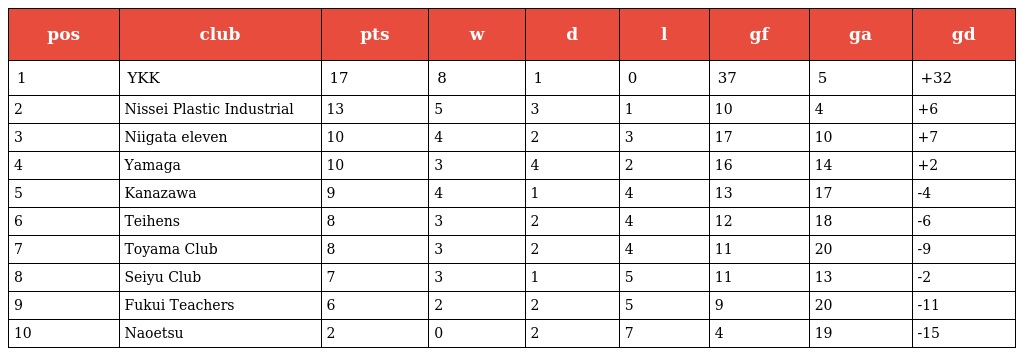
| pos | club | pts | w | d | l | gf | ga | gd |
 | --- | --- | --- | --- | --- | --- | --- | --- | --- |
 | 1 | YKK | 17 | 8 | 1 | 0 | 37 | 5 | +32 |
 | 2 | Nissei Plastic Industrial | 13 | 5 | 3 | 1 | 10 | 4 | +6 |
 | 3 | Niigata eleven | 10 | 4 | 2 | 3 | 17 | 10 | +7 |
 | 4 | Yamaga | 10 | 3 | 4 | 2 | 16 | 14 | +2 |
 | 5 | Kanazawa | 9 | 4 | 1 | 4 | 13 | 17 | -4 |
 | 6 | Teihens | 8 | 3 | 2 | 4 | 12 | 18 | -6 |
 | 7 | Toyama Club | 8 | 3 | 2 | 4 | 11 | 20 | -9 |
 | 8 | Seiyu Club | 7 | 3 | 1 | 5 | 11 | 13 | -2 |
 | 9 | Fukui Teachers | 6 | 2 | 2 | 5 | 9 | 20 | -11 |
 | 10 | Naoetsu | 2 | 0 | 2 | 7 | 4 | 19 | -15 |